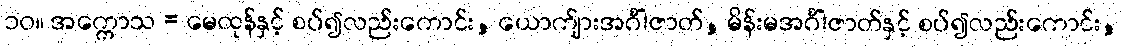
၁၀။ အက္ကောသ = မေထုန်နှင့် စပ်၍လည်းကောင်း, ယောက်ျားအင်္ဂါဇာတ်, မိန်းမအင်္ဂါဇာတ်နှင့် စပ်၍လည်းကောင်း,